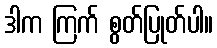
ဒါက ကြက် စွတ်ပြုတ်ပါ။